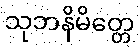
သုဘနိမိတ္တေ